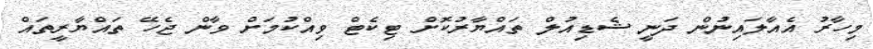
މިހާރު އެއާލައިނުން ދަނީ ޝެޑިއުލް ތައްޔާރުކޮށް ޓިކެޓް ވިއްކުމަށް ވާން ޖެހޭ ތައްޔާރީތައް